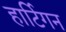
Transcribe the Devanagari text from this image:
हार्टिगन